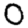
Digit: 0